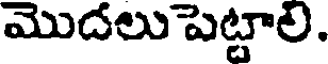
మొదలు పెట్టాల.